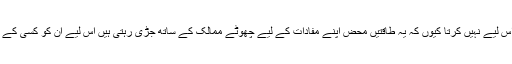
البتہ میں چین، روس اور امریکا کے حوالے سے زیادہ فورس اس لیے نہیں کرتا کیوں کہ یہ طاقتیں محض اپنے مفادات کے لیے چھوٹے ممالک کے ساتھ جڑی رہتی ہیں اس لیے ان کو کسی کے ساتھ ظلم و زیادتی کے حوالے سے کوئی Concenنہیں ہوتا۔